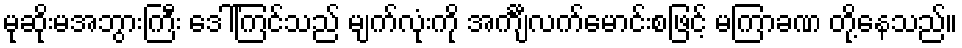
မုဆိုးမအဘွားကြီး ဒေါ်ကြင်သည် မျက်လုံးကို အင်္ကျီလက်မောင်းစဖြင့် မကြာခဏ တို့နေသည်။